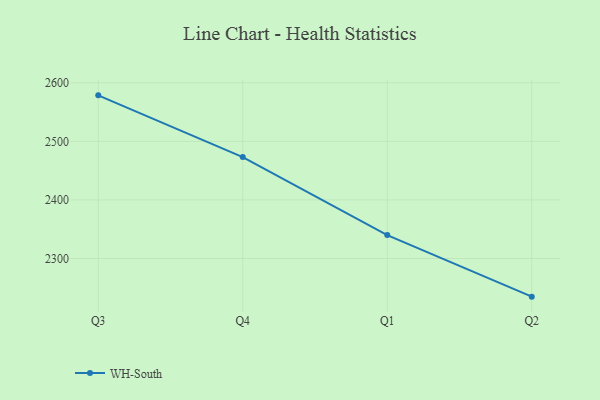
{"axis": {"x": "Quarter", "y": "Net Income (USD K)"}, "legend": ["WH-South"], "data": [{"x": "Q3", "y": 2578.6, "type": "WH-South"}, {"x": "Q4", "y": 2473.1, "type": "WH-South"}, {"x": "Q1", "y": 2339.9, "type": "WH-South"}, {"x": "Q2", "y": 2234.8, "type": "WH-South"}]}